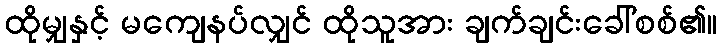
ထိုမျှနှင့် မကျေနပ်လျှင် ထိုသူအား ချက်ချင်းခေါ်စစ်၏။